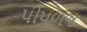
પીપળજ